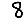
Digit: 8